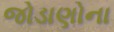
જોડાણોના